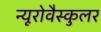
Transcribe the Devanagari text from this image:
न्यूरोवैस्कुलर